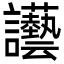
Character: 讛